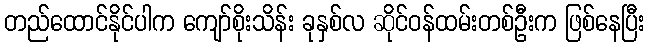
တည်ထောင်နိုင်ပါက ကျော်စိုးသိန်း ခုနှစ်လ ဆိုင်ဝန်ထမ်းတစ်ဦးက ဖြစ်နေပြီး